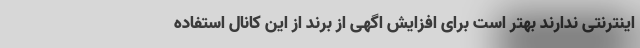
اینترنتی ندارند بهتر است برای افزایش اگهی از برند از این کانال استفاده